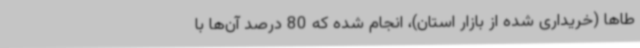
طاها (خریداری شده از بازار استان)، انجام شده که 80 درصد آن‌ها با